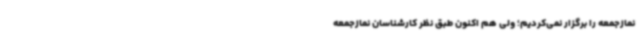
نمازجمعه را برگزار نمی‌کردیم؛ ولی هم اکنون طبق نظر کارشناسان نمازجمعه